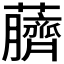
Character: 𫊖